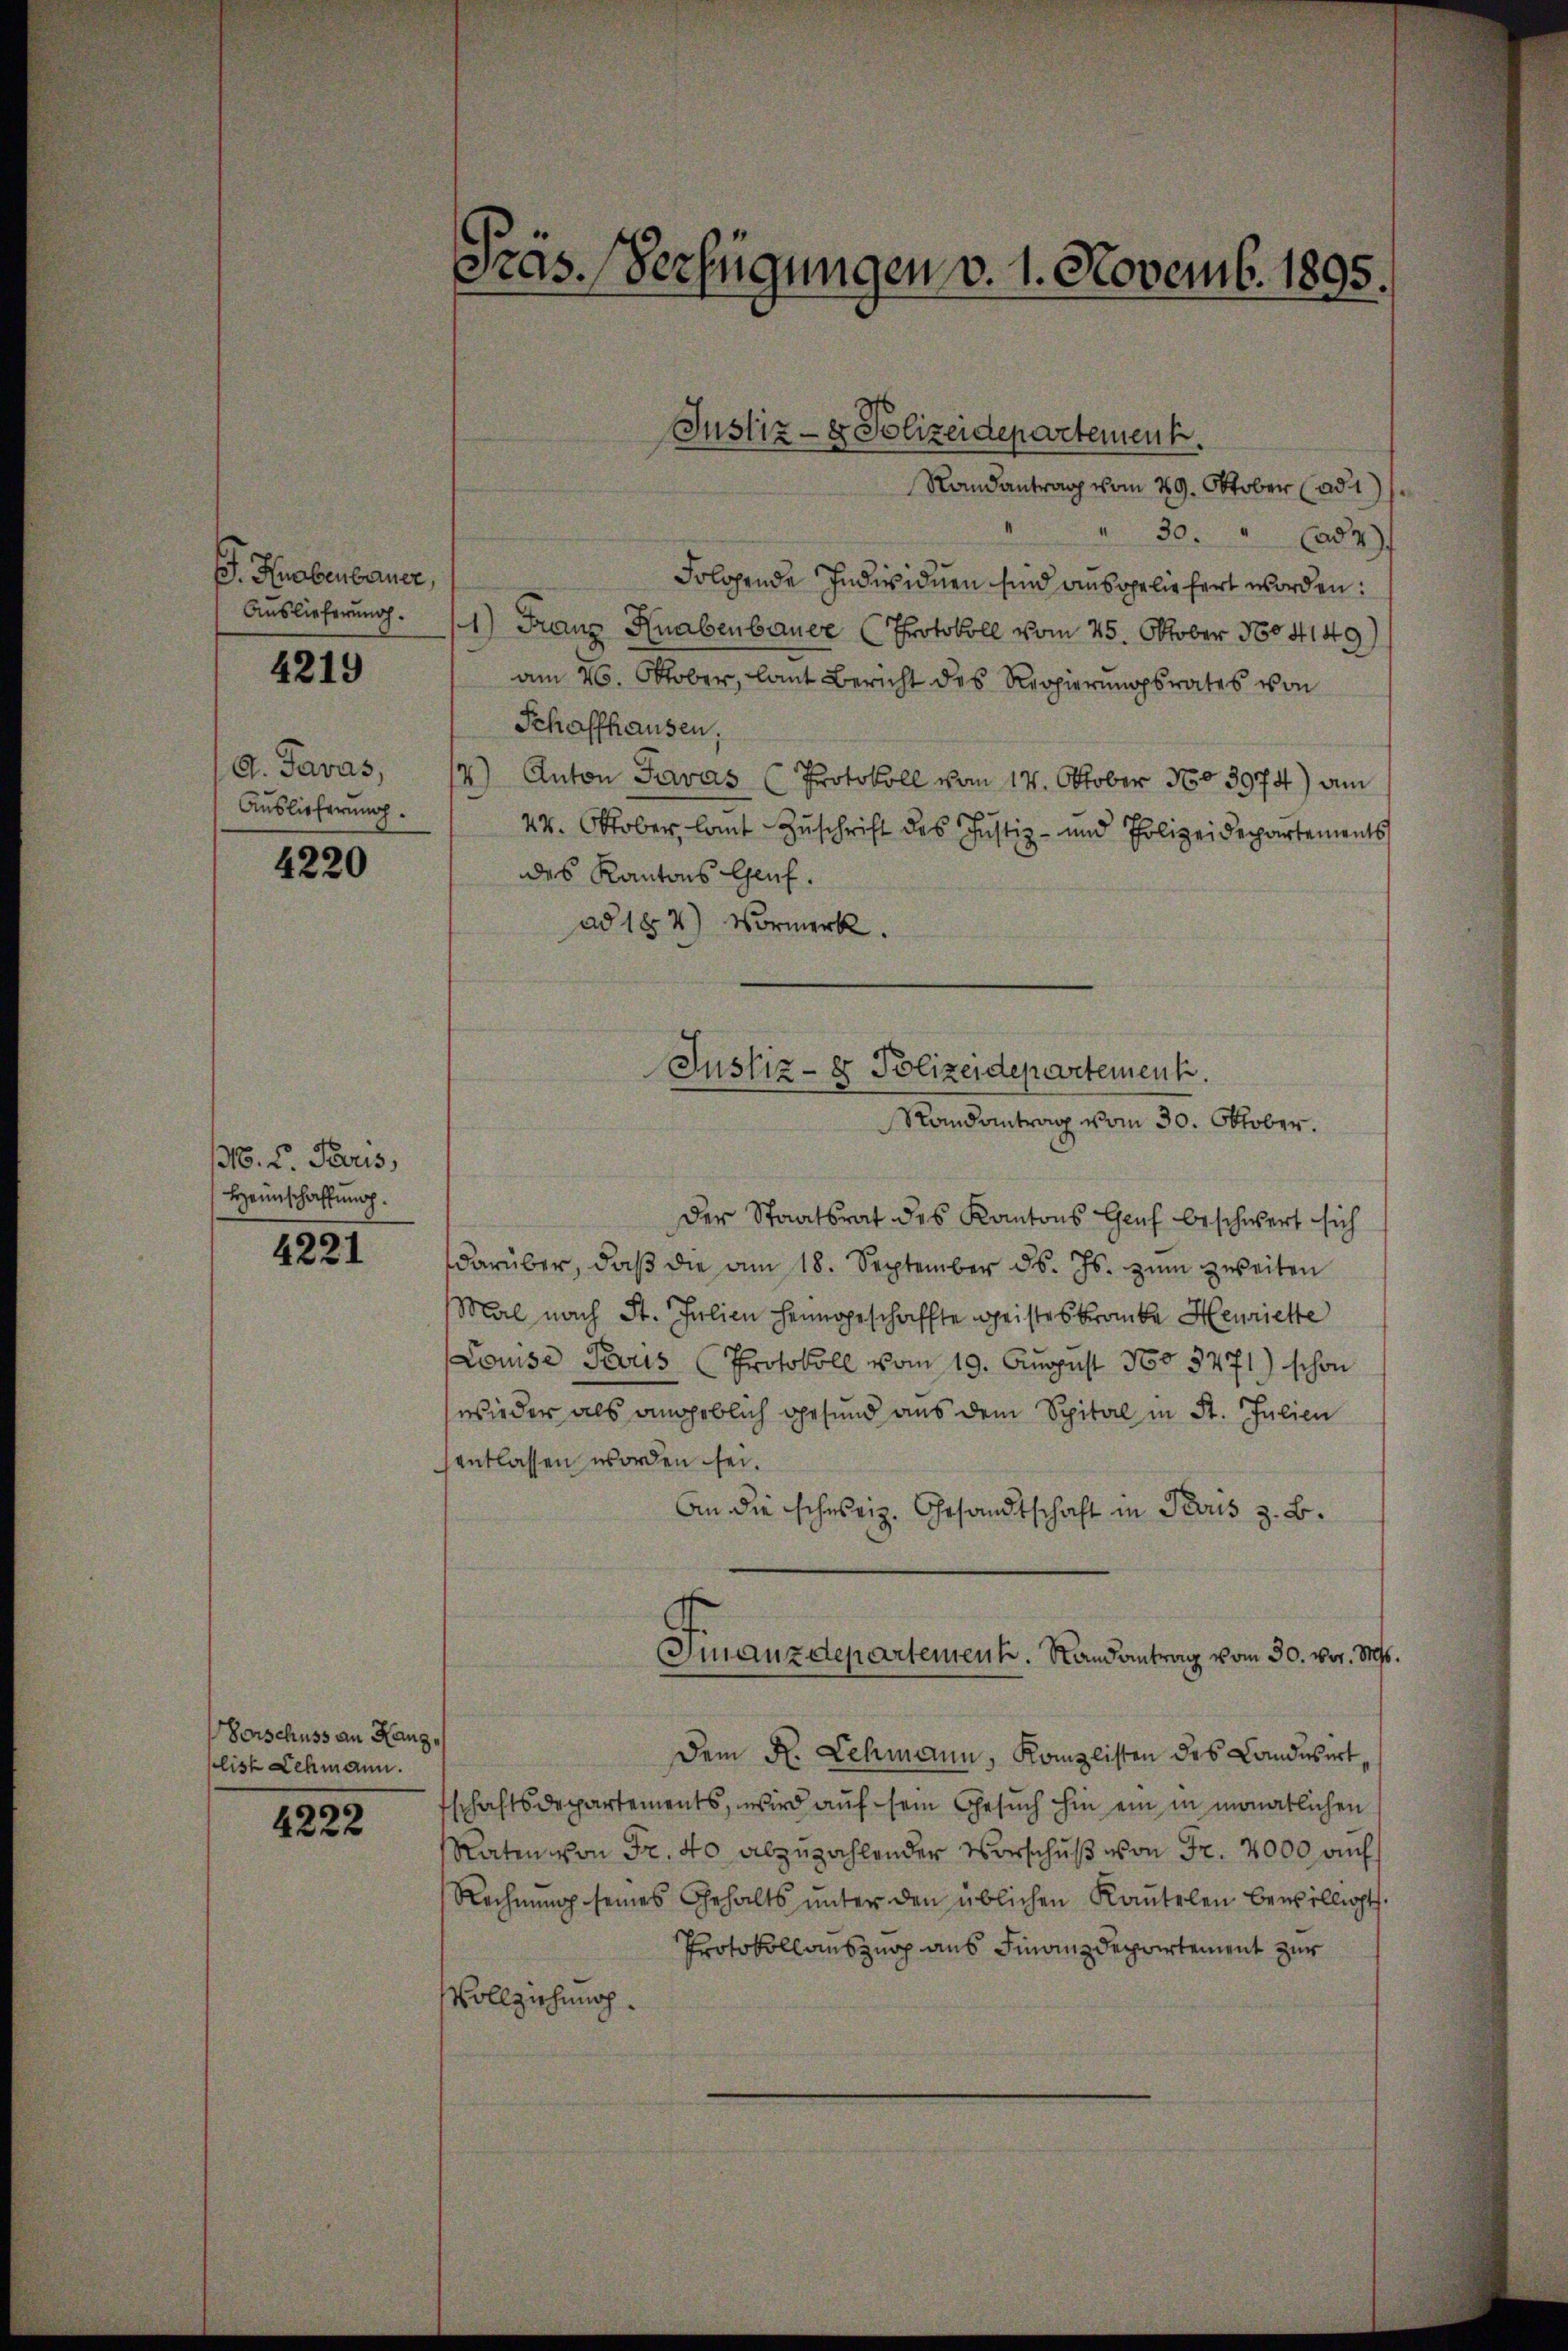
. Hiebenbauer,
Auslieferung.
G. Savas,
Auslieferung.

4219

4220

36. v. Paris,
Heimschaffung.

4221

Vorschuss an Hang
slist Lehmann.

4222

Pras. Verfügungen v. 1. Novemb. 1895.

Justiz- & Polizeidepartement.

Justiz- & Polizeidepartement.
Randantrag vom 30. Oktober.

Randantrag vom 29. Oktober (ad 1
 30. " Cad 2
Folgende Individuen sind ausgeliefert worden:
1) Franz Knabenbauer (Protokoll vom 25. Oktober 1884149)
am 26. Oktober, laut Bericht des Regierungsrates von
Schaffhausen.
4) Anton Savas (Protokoll vom 14. Oktober No 3974) am
44. Oktober laut Zuschrift des Justiz- und Polizeidepartements
des Kantons Genf.
ad 184) Vormerk.
Der Staatsrat des Kantons Genf beschwert sich
darüber, daβ die am 18. September d. Js. zŭm zweiten
Mal nach St. Julien heimgeschaffte Geisteskranke Henriette
Louise Perus (Protokoll vom 19. August 100 3771) schon
wieder als angeblich gesund aus dem Spital in St. Julien
entlassen worden sei.
An die schweiz. Gesandtschaft in Paris z. B.
.
Gmanzdepartement. Randantrag vom 30. vor. 1890.
Dem K. Lehmann, Komplisten des Landŭsirt,
schaftsdepartements, wird auf sein Gesuch hin ein in monatlichen
Raten von Fr. 40 abzuzahlender Vorschuß von Fr. 2000 auch
Rechnŭng seines Gehalts ŭnter den üblichen Kaŭtelen bewilligt.
Protokollauszuop aus Finanzdepartement zur
Vollziehung.